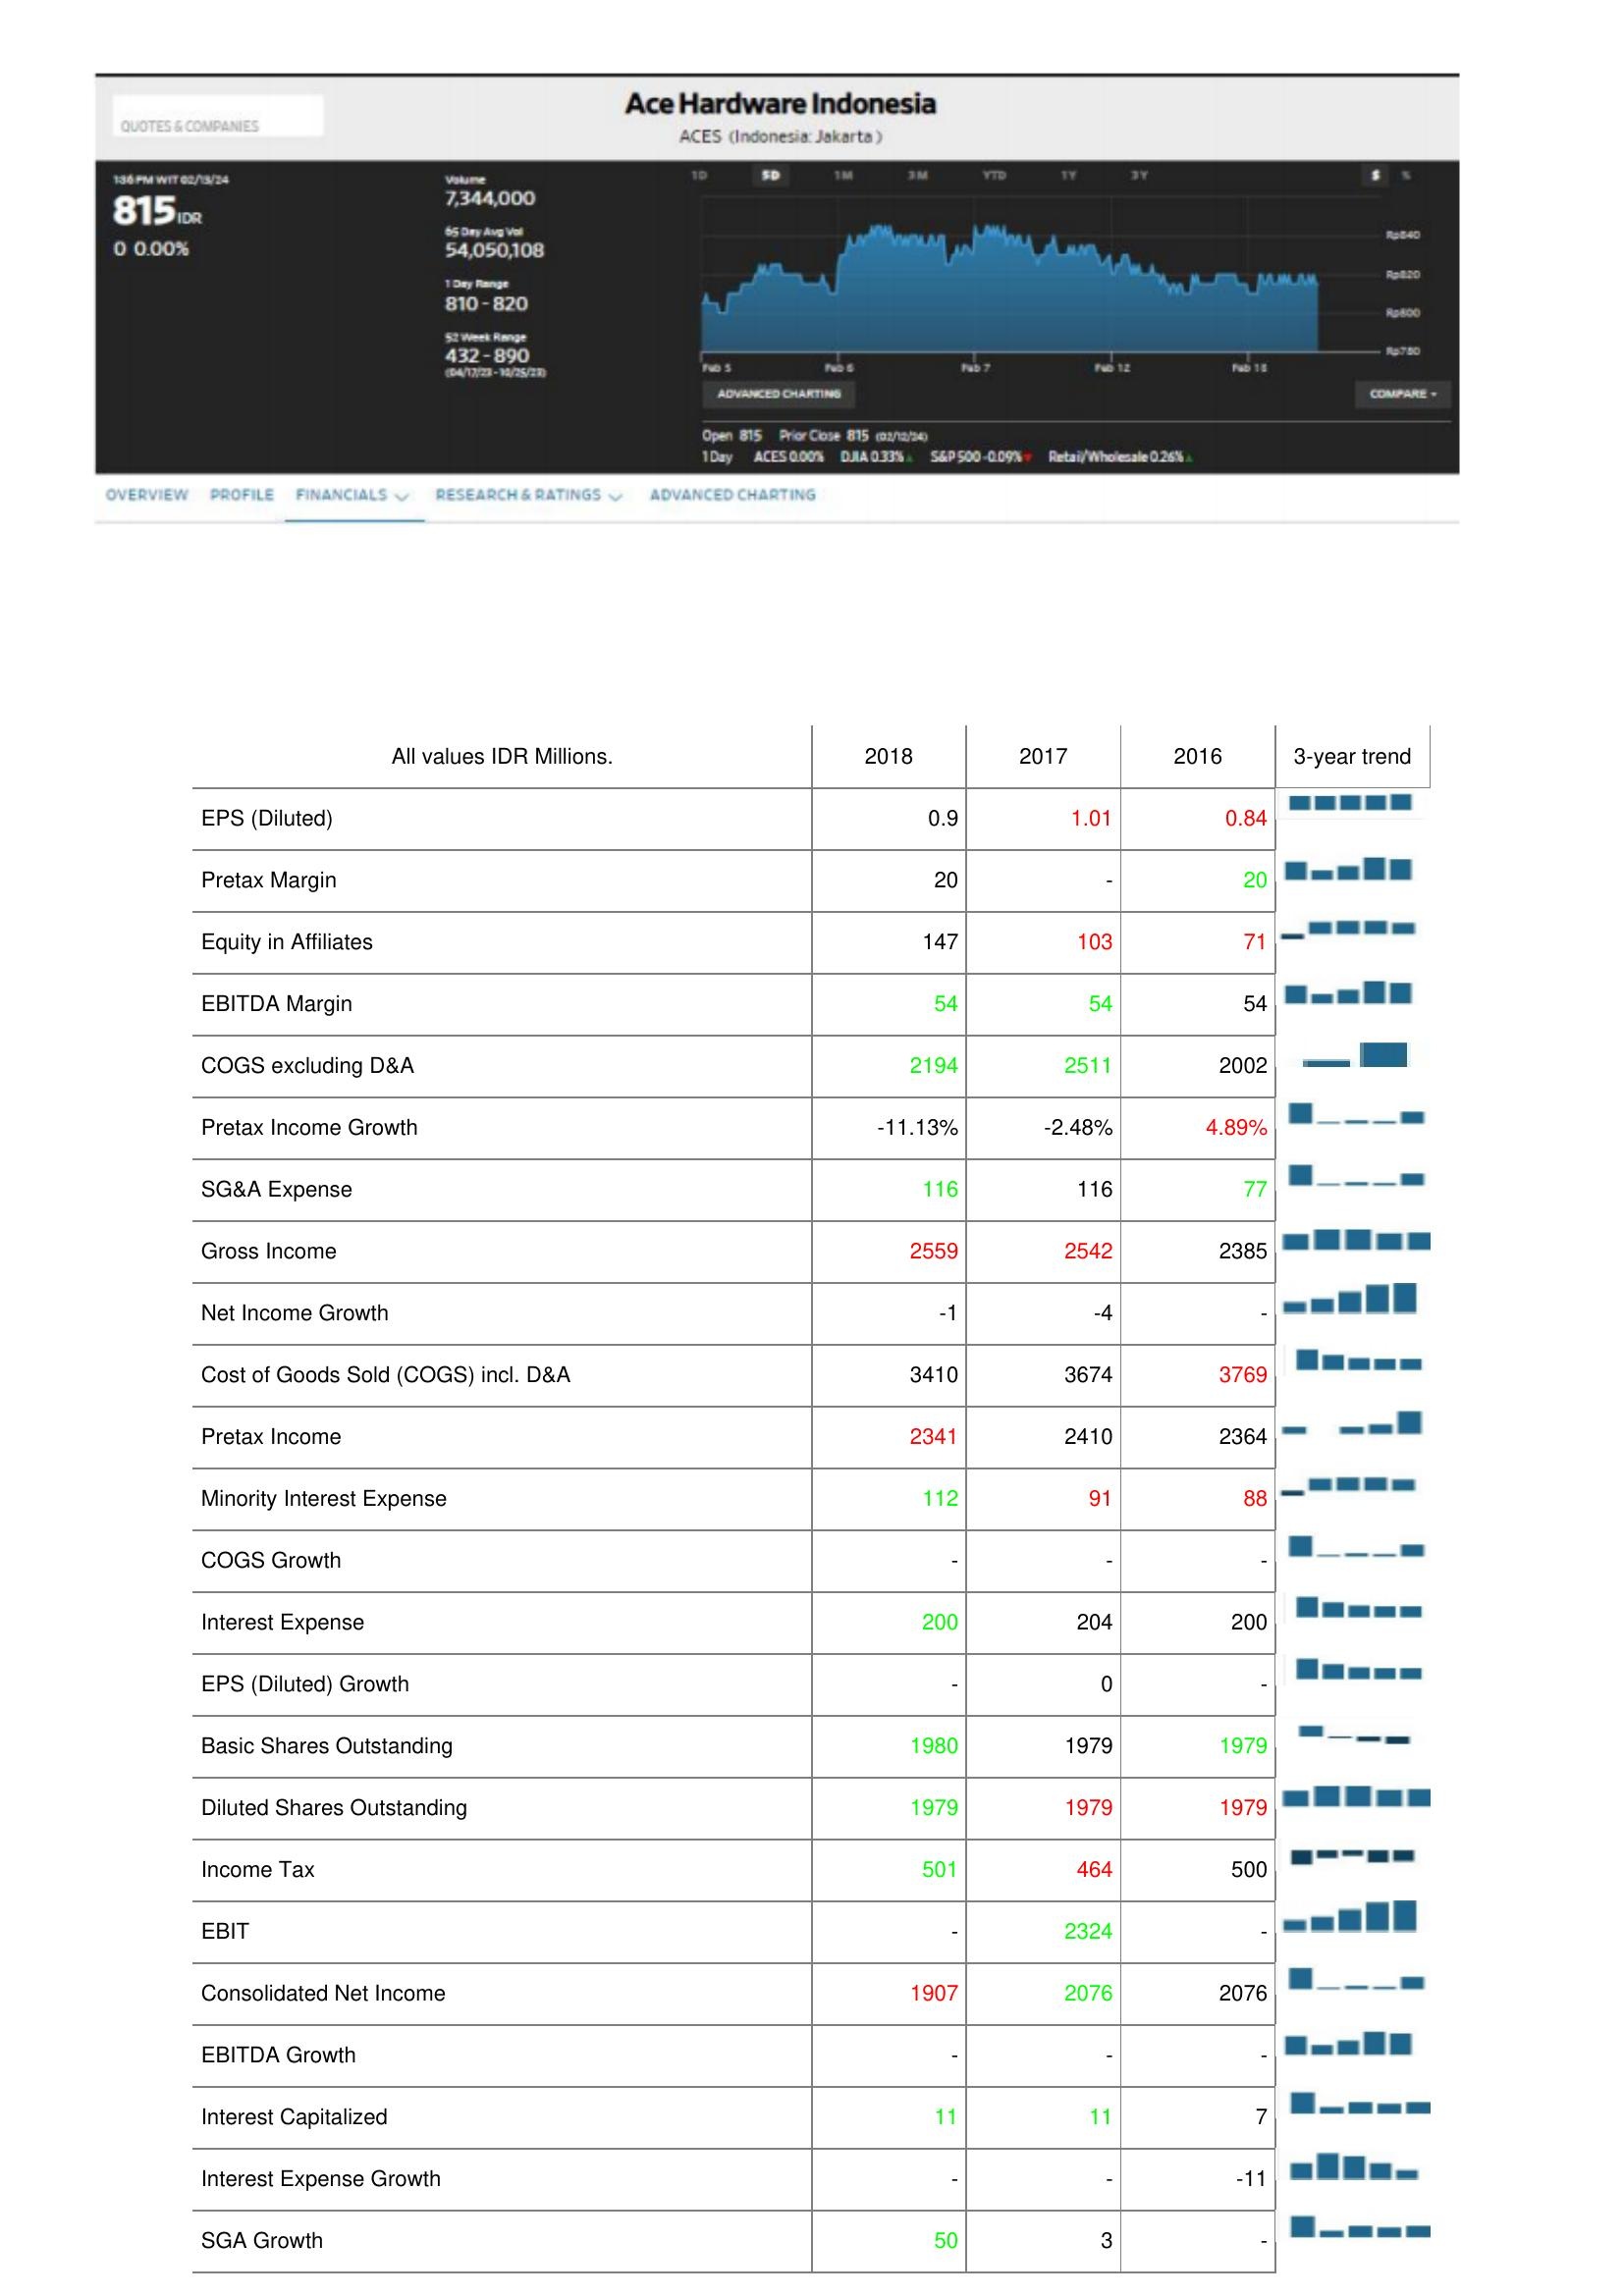
2018: : EPS (Diluted): 0.9
Pretax Margin: 20
Equity in Affiliates: 147
EBITDA Margin: 54
COGS excluding D&A: 2194
Pretax Income Growth: -11.13%
SG&A Expense: 116
Gross Income: 2559
Net Income Growth: -1
Cost of Goods Sold (COGS) incl. D&A: 3410
Pretax Income: 2341
Minority Interest Expense: 112
COGS Growth: -
Interest Expense: 200
EPS (Diluted) Growth: -
Basic Shares Outstanding: 1980
Diluted Shares Outstanding: 1979
Income Tax: 501
EBIT: -
Consolidated Net Income: 1907
EBITDA Growth: -
Interest Capitalized: 11
Interest Expense Growth: -
SGA Growth: 50
2017: : EPS (Diluted): 1.01
Pretax Margin: -
Equity in Affiliates: 103
EBITDA Margin: 54
COGS excluding D&A: 2511
Pretax Income Growth: -2.48%
SG&A Expense: 116
Gross Income: 2542
Net Income Growth: -4
Cost of Goods Sold (COGS) incl. D&A: 3674
Pretax Income: 2410
Minority Interest Expense: 91
COGS Growth: -
Interest Expense: 204
EPS (Diluted) Growth: 0
Basic Shares Outstanding: 1979
Diluted Shares Outstanding: 1979
Income Tax: 464
EBIT: 2324
Consolidated Net Income: 2076
EBITDA Growth: -
Interest Capitalized: 11
Interest Expense Growth: -
SGA Growth: 3
2016: : EPS (Diluted): 0.84
Pretax Margin: 20
Equity in Affiliates: 71
EBITDA Margin: 54
COGS excluding D&A: 2002
Pretax Income Growth: 4.89%
SG&A Expense: 77
Gross Income: 2385
Net Income Growth: -
Cost of Goods Sold (COGS) incl. D&A: 3769
Pretax Income: 2364
Minority Interest Expense: 88
COGS Growth: -
Interest Expense: 200
EPS (Diluted) Growth: -
Basic Shares Outstanding: 1979
Diluted Shares Outstanding: 1979
Income Tax: 500
EBIT: -
Consolidated Net Income: 2076
EBITDA Growth: -
Interest Capitalized: 7
Interest Expense Growth: -11
SGA Growth: -